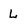
Character: L